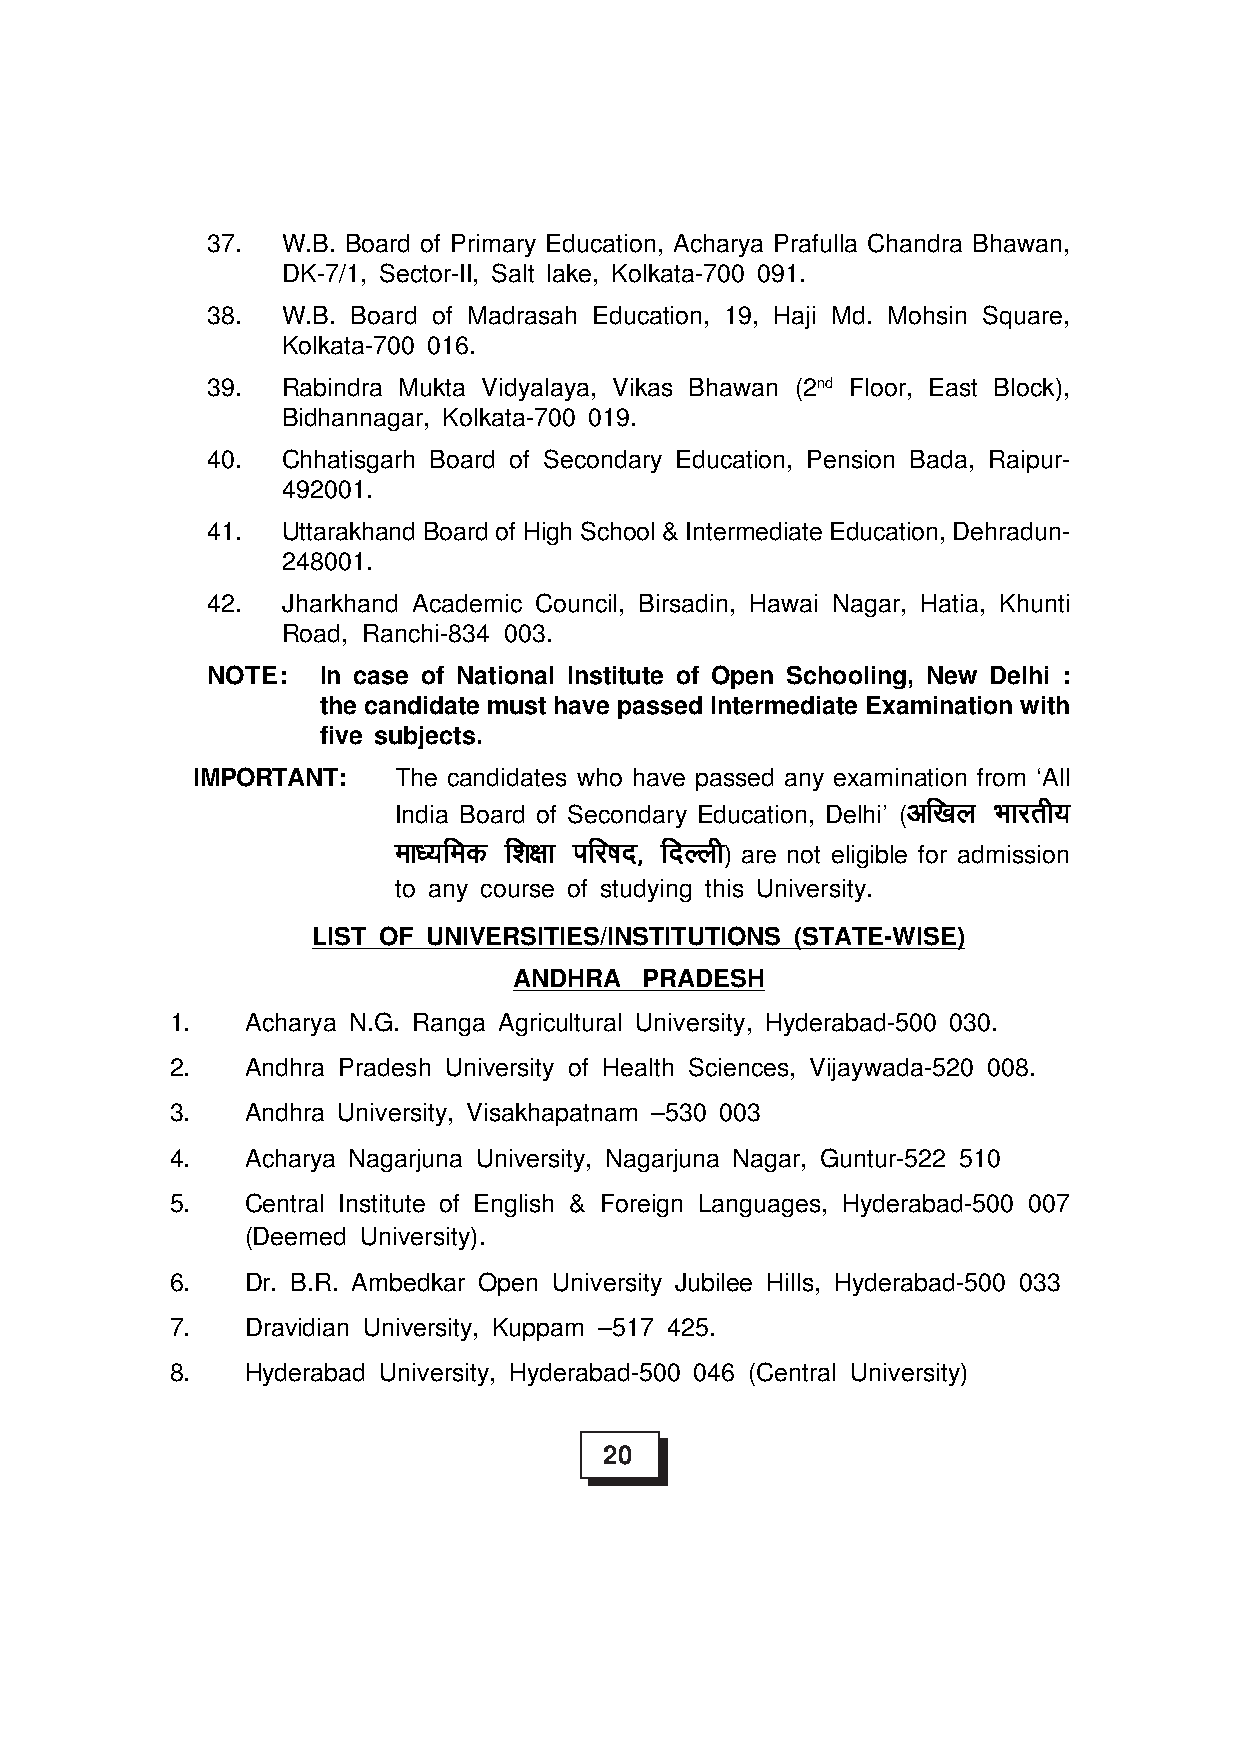
37.  W.B. Board of Primary Education, Acharya Prafulla Chandra Bhawan,
 DK-7/1, Sector-II, Salt lake, Kolkata-700 091.
 38.  W.B. Board of Madrasah Education, 19, Haji Md. Mohsin Square,
 Kolkata-700 016.
 39.  Rabindra Mukta Vidyalaya, Vikas Bhawan (2nd Floor, East Block),
 Bidhannagar, Kolkata-700 019.
 40.  Chhatisgarh Board of Secondary Education, Pension Bada, Raipur-
 492001.
 41.  Uttarakhand Board of High School & Intermediate Education, Dehradun-
 248001.
 42.  Jharkhand Academic Council, Birsadin, Hawai Nagar, Hatia, Khunti
 Road, Ranchi-834 003.
 NOTE:  In case of National Institute of Open Schooling, New Delhi :
 the candidate must have passed Intermediate Examination with
 five subjects.
 IMPORTANT:   The candidates who have passed any examination from ‘All
 India Board of Secondary Education, Delhi’
 (vvvvvfffff[[[[[kkkkkyyyyy HHHHHkkkkkkkkkkjjjjjrrrrrhhhhh;;;;;
 eeeeekkkkk/////;;;;;fffffeeeeeddddd fffff'''''kkkkk{{{{{kkkkkkkkkk iiiiifffffjjjjj"""""kkkkknnnnn]]]]] fffffnnnnnYYYYYyyyyyhhhhh
 ) are not eligible for admission
 to any course of studying this University.
 LIST OF UNIVERSITIES/INSTITUTIONS (STATE-WISE)
 ANDHRA   PRADESH
 1.   Acharya N.G. Ranga Agricultural University, Hyderabad-500 030.
 2.   Andhra Pradesh University of Health Sciences, Vijaywada-520 008.
 3.   Andhra University, Visakhapatnam –530 003
 4.   Acharya Nagarjuna University, Nagarjuna Nagar, Guntur-522 510
 5.   Central Institute of English & Foreign Languages, Hyderabad-500 007
 (Deemed University).
 6.   Dr. B.R. Ambedkar Open University Jubilee Hills, Hyderabad-500 033
 7.   Dravidian University, Kuppam –517 425.
 8.   Hyderabad University, Hyderabad-500 046 (Central University)
 20